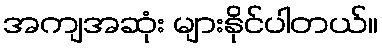
အကျအဆုံး များနိုင်ပါတယ်။